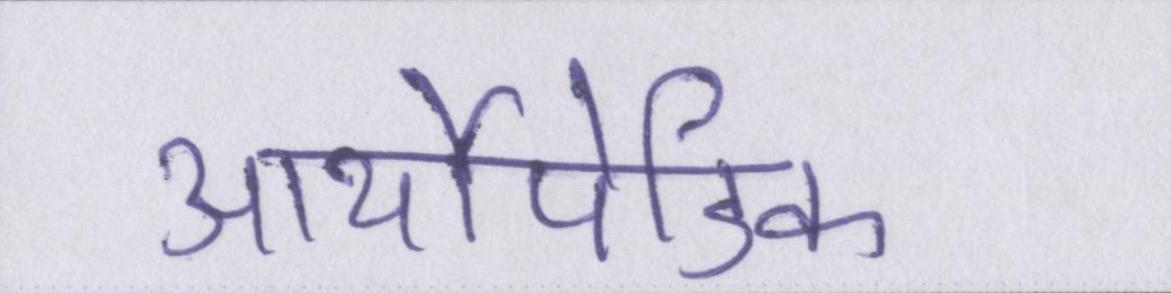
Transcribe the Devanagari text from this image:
आर्थोपेडिक